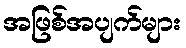
အဖြစ်အပျက်များ